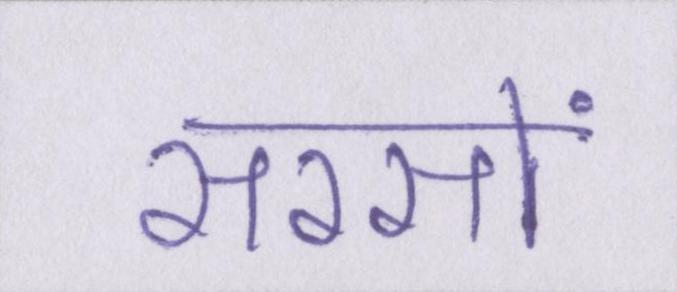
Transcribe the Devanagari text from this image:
सरसों